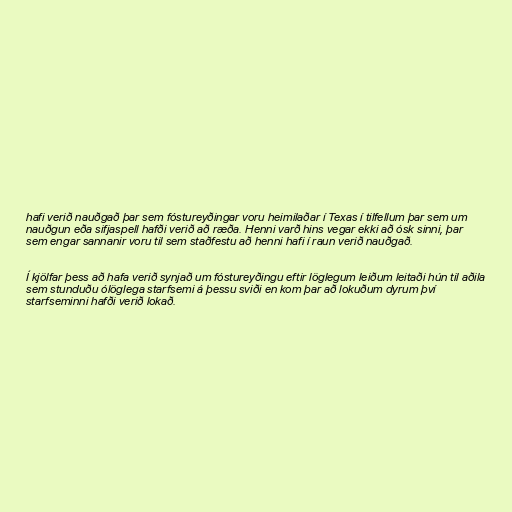
hafi verið nauðgað þar sem fóstureyðingar voru heimilaðar í Texas í tilfellum þar sem um
nauðgun eða sifjaspell hafði verið að ræða. Henni varð hins vegar ekki að ósk sinni, þar
sem engar sannanir voru til sem staðfestu að henni hafi í raun verið nauðgað.

Í kjölfar þess að hafa verið synjað um fóstureyðingu eftir löglegum leiðum leitaði hún til aðila
sem stunduðu ólöglega starfsemi á þessu sviði en kom þar að lokuðum dyrum því
starfseminni hafði verið lokað.